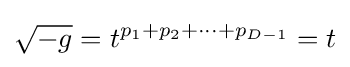
{\sqrt {-g}}=t^{p_{1}+p_{2}+\cdots +p_{D-1}}=t